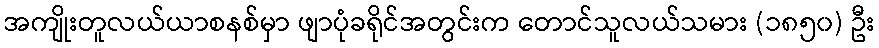
အကျိုးတူလယ်ယာစနစ်မှာ ဖျာပုံခရိုင်အတွင်းက တောင်သူလယ်သမား (၁၈၅၀) ဦး